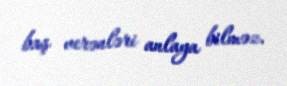
baş verənləri anlaya bilməz.